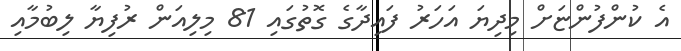
އެ ކުންފުންޏަށް މިދިޔަ އަހަރު ފައިދާގެ ގޮތުގައި 81 މިލިއަން ރުފިޔާ ލިބުމާއި